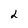
Character: 2